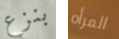
بنزع المرأه